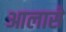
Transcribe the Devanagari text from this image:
आलासे